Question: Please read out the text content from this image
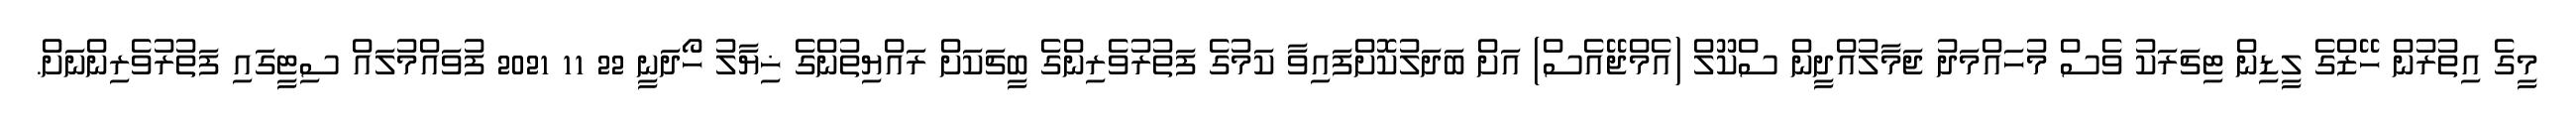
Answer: މީގެ އިތުރުން ހޭޒްގެ ލީޑިން ޓިޗަރަކު ވެސް މުހައްމަދު ޖަމާލުއްދީން ސްކޫލް (އެމްޖޭއެސް) އަށް ބަދަލުކޮށްފައިވާ ކަމުގެ ފަތުރުވެރިންގެ ބީޗަކަށް ރައްޔިތުންގެ ޚިޔާލު ހޯދަނީ 22 11 2021 ފުވައްމުލައް ސިޓީގައި ފަތުރުވެރިންނަށް.